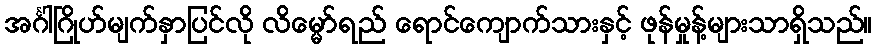
အင်္ဂါဂြိုဟ်မျက်နှာပြင်လို လိမ္မော်ရည် ရောင်ကျောက်သားနှင့် ဖုန်မှုန့်များသာရှိသည်။